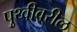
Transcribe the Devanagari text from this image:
पृुथ्वीवरील